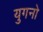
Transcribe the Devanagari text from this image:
युगनो